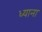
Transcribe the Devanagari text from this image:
ध्याना